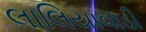
લાલિયાવાડી